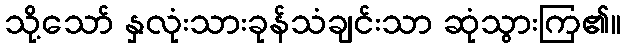
သို့သော် နှလုံးသားခုန်သံချင်းသာ ဆုံသွားကြ၏။